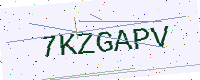
Text: 7KZGAPV